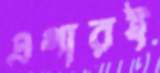
এগারই